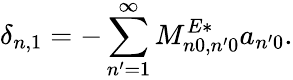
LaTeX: \delta_{n,1}=-\sum_{n^{\prime}=1}^{\infty}M_{n0,n^{\prime}0}^{E*}a_{n^{\prime}0}.